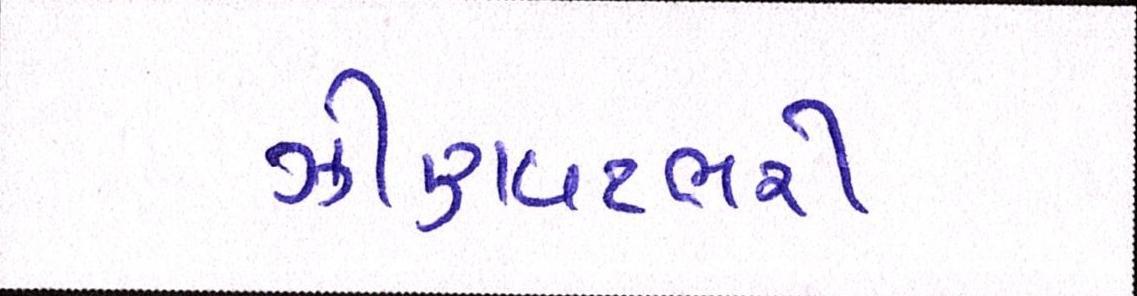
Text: ઝીણવટભરી